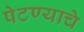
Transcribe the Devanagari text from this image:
पेटण्याचे